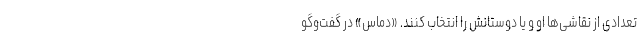
تعدادی از نقاشی‌ها او و یا دوستانش را انتخاب کنند. «دماس»‌ در گفت‌وگو